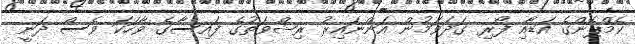
ކެމްޕޭންގެ އަޑާއި ފޯރި ގަދަވަމުން އަންނައިރު ރިޝްވަތުގެ ފައިސާގެ ވާހަކަ ވެސް ދަނީ